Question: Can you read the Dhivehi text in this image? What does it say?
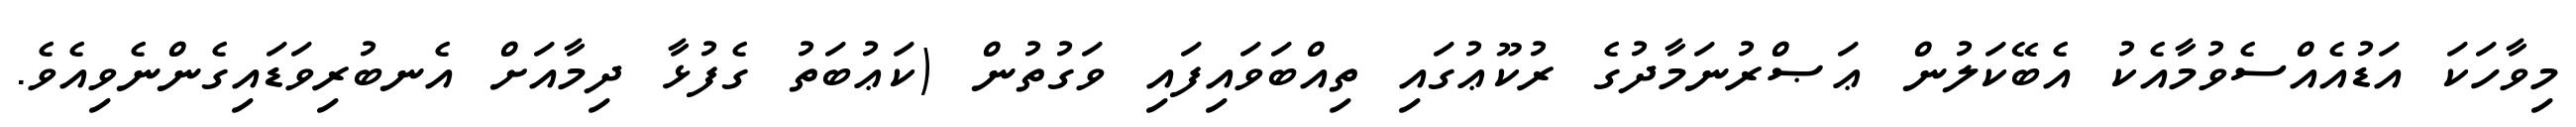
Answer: މިވާހަކަ އަޑުއެއްސެވުމާއެކު އެބޭކަލުން ޢަޞްރުނަމާދުގެ ރުކޫޢުގައި ތިއްބަވައިފައި ވަގުތުން (ކަޢުބަތު ގެފުޅާ ދިމާއަށް އެނބުރިވަޑައިގެންނެވިއެވެ.